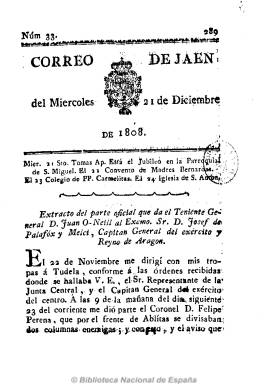
Título: Correo de Jaén
Colección: Periódicos anteriores a 1850
Ámbito geográfico: Jaén
Lugar de publicación: Jaén
Fechas: 21/12/1808-21/01/1810

Se considera continuador de Diario de Jaén, el primer periódico que se conoce de esta provincia, que se publica desde 14 de julio al 9 de agosto de 1808 por la Junta Suprema del Reino de Jaén, con frecuencia bisemanal en números de cuatro páginas y diminuto formato. Probablemente su redactor fue el abogado, segundo secretario de dicha junta y futuro diputado Juan José Serrano Soto. A partir del 10 de agosto del mismo año la junta continuará editando Correo de Jaén, hasta el 21 de enero de 1810, poco antes de la entrada de las tropas francesas en la capital jienense, fechada el 23 de enero.

El Correo, también bisemanal, editó un total de 145 números, así como algunos suplementos y números extraordinarios, siendo su redactor principal, el sacerdote liberal Luis de Mota Hidalgo (1782-1860). En su cabecera se estampa el escudo real y cada número comienza con el santoral y el culto, para a continuación incluir noticias y artículos relativos a la guerra de la independencia, tanto locales como de otras provincias, de un carácter eminentemente patriótico, fernandino y católico. Aunque en algunos números no aparece el pie de imprenta, el Correo fue estampado por el impresor Manuel de Doblas, el único que estaba establecido entonces en la ciudad de Jaén.

Las autoridades napoleónicas editarán a partir de marzo de 1810 la tercera cabecera de la prensa jienense: Gazeta de Jaén, otro bisemanario que, en junio de 1811, se refundirá con Correo político de Córdoba.